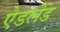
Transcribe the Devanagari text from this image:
ऐडलेड